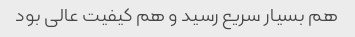
هم بسیار سریع رسید و هم کیفیت عالی بود